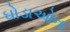
ઘોડાઓના